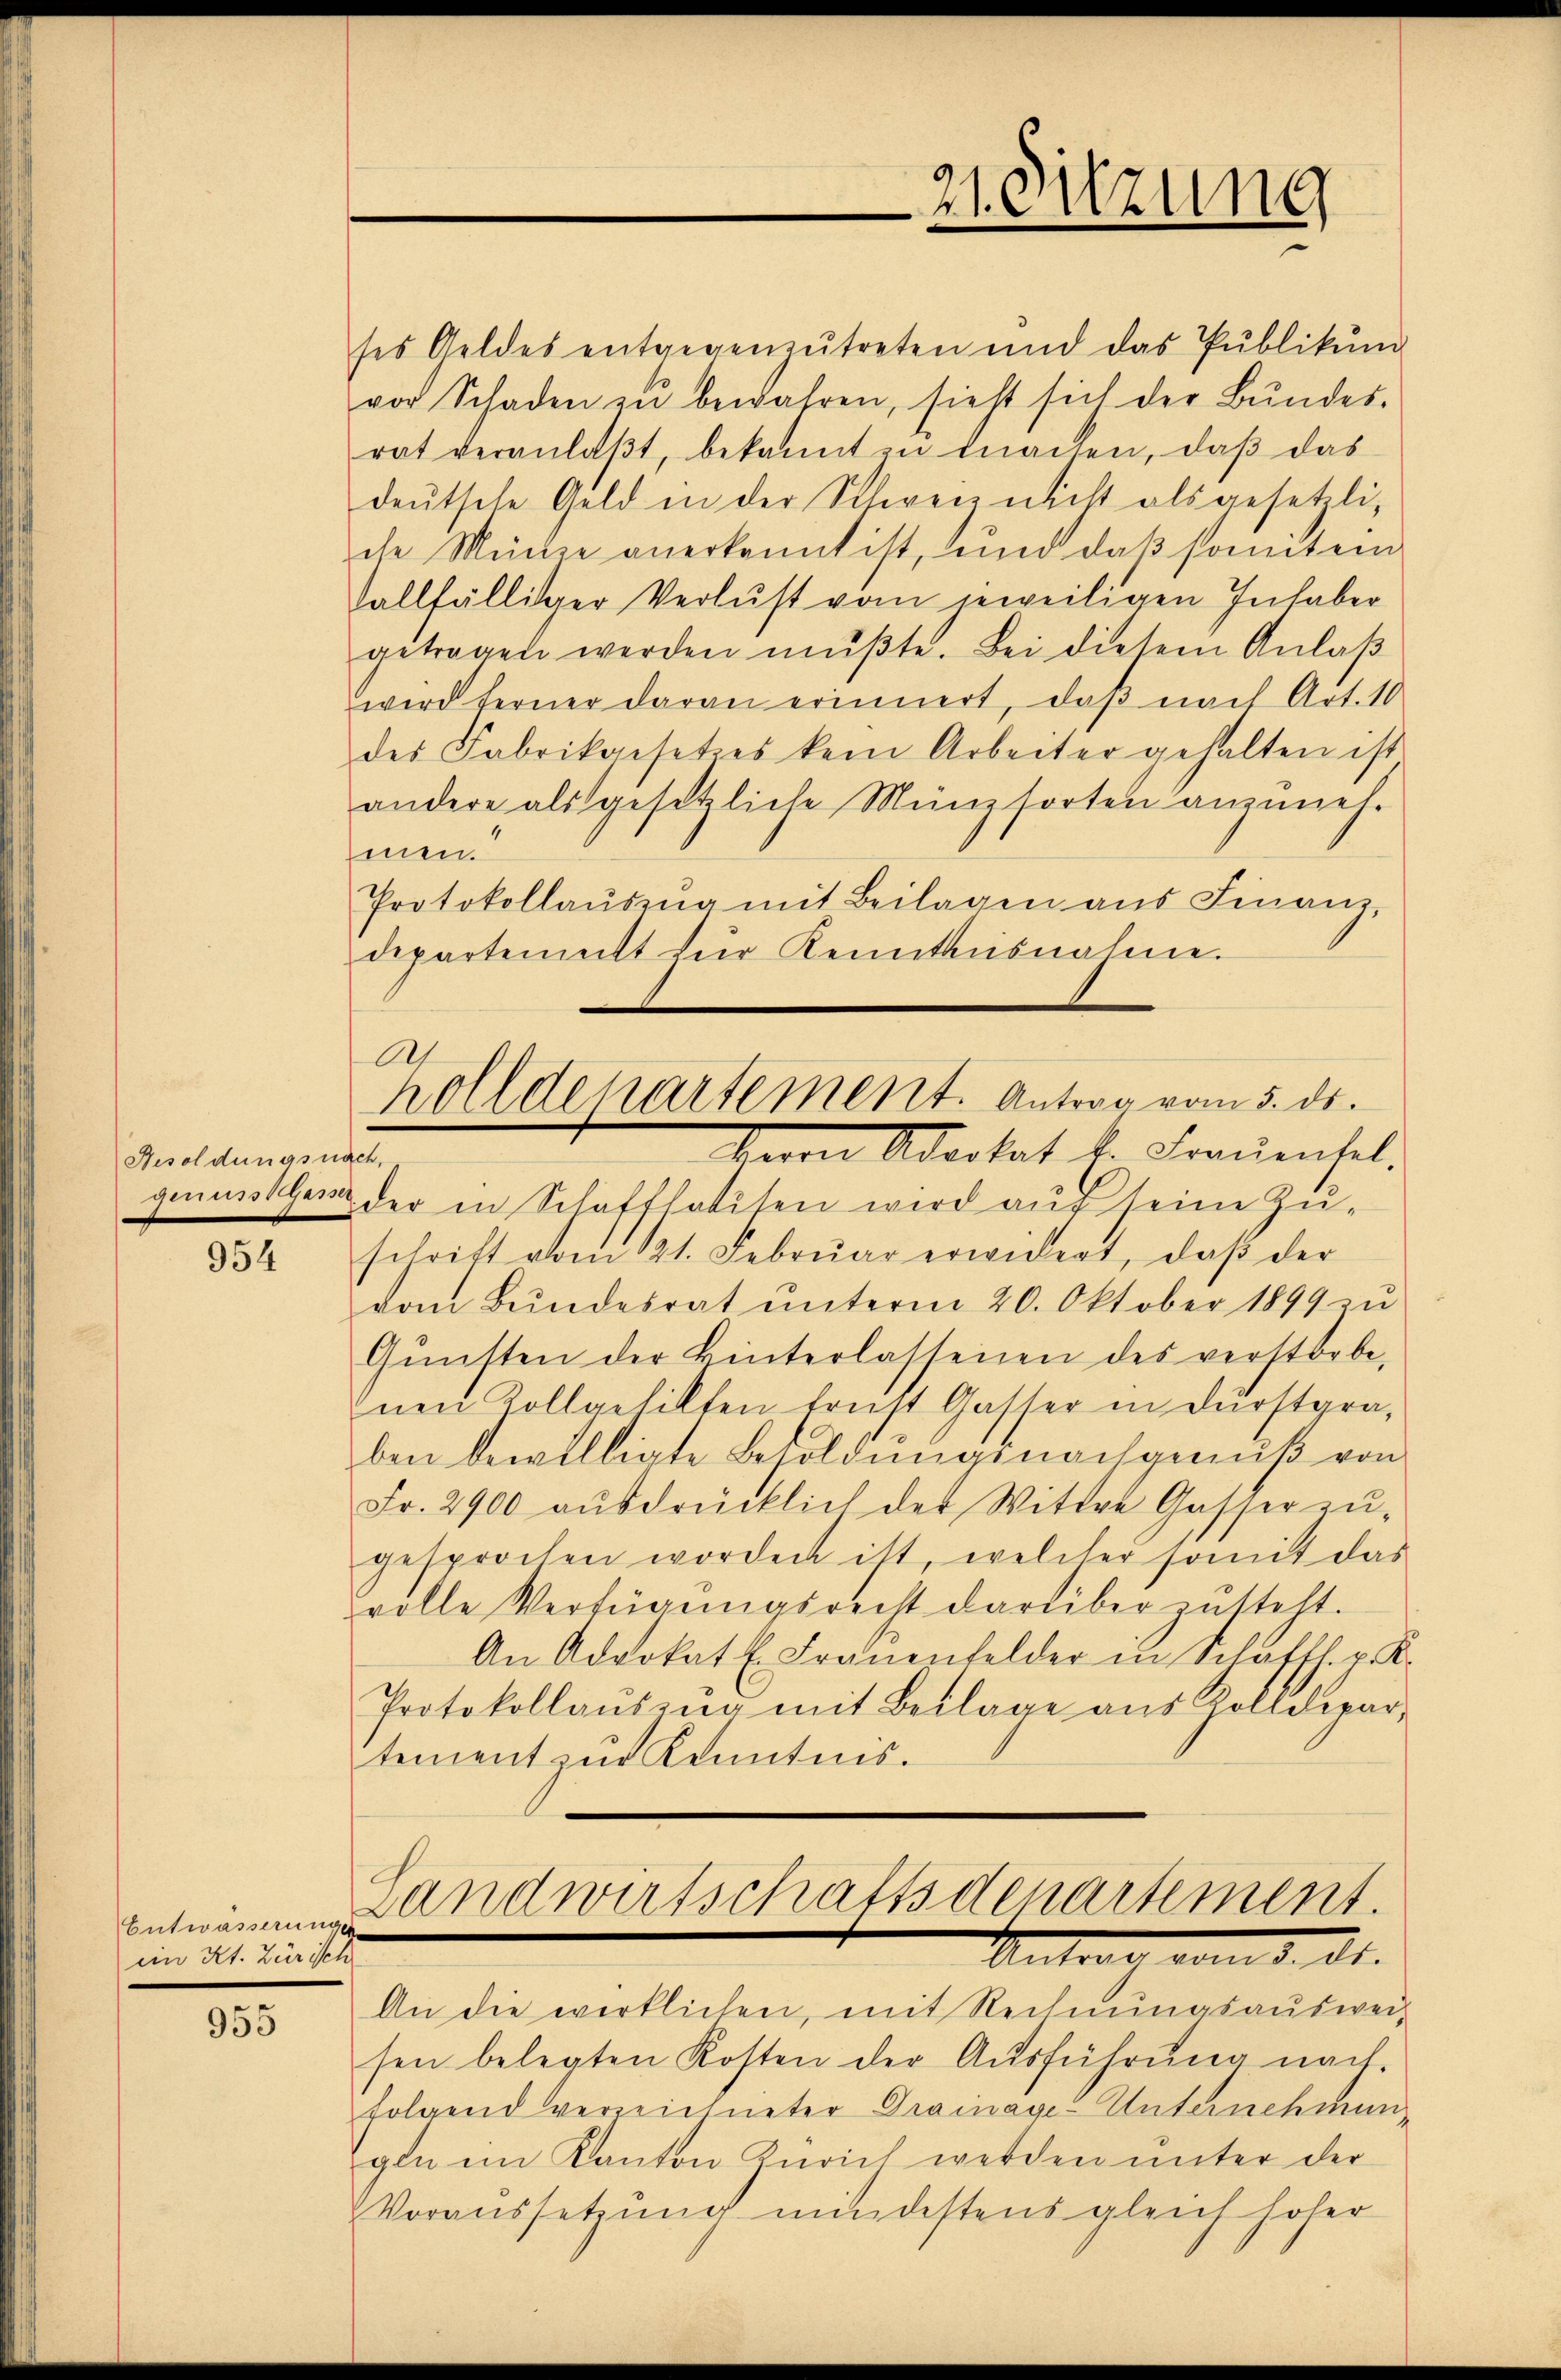
Besoldungsnach,

954

Entwässerungen
eim Kt. Zürich

955

ses Geldes entgegenzŭtreten und das Pŭblikŭm
vor Schaden zŭ bewahren, sieht sich der Bŭndes-
rat veranlaβt, bekannt zŭ machen, daβ das
deŭtsche Geld in der Schweiz nicht als gesetzli-
che Meine anerkannt ist, und daß somitei
fallfälliger Verlust vom jeweiligen Inhaber
getragen werden mŭβte. Bei diesem Anlaβ
wird ferner daran erinnert, daß nach Art. 10
des Fabrikgesetzes kein Arbeiter gehalten ist
andere als gesetzliche Münzsorten anzŭnel-
mnen.
Protokollaŭszŭg mit Beilagen aŭs Finanz-
departement für Kenntnisnahme.
Herrn Adertat E. Frauensel.
genuss gere der in Schaftlositen wird auf seine Zuschrift vom 121. Febrŭar erwidert, daβ der
vom Bundesrat ŭnterm 20. Oktober 1899 zu
Gŭnsten der Hinterlassenen des verstorbe,
Inen Kollaehilten Ernst Gasser in Durstgraben bewilligte Besoldungsnachgenuß von
Fr. 2900 aŭsdrücklich der Wittwe Gasser zŭ-
gesprochen worden ist, welcher somit das
volle Verfügŭngsrecht darüber zŭttelt.
An Advokat E. Frauenfelder in Schaffh. p. K.
Protokollaŭszŭg mit Beilage aus Zolldepar-
tement zŭr Kenntnis.

21. Sitzung

Zolldepartement. Antrag vom 5. ds.

Landwirtschaftsdenartement.
Unter vom 5. ds.

An die wirklichen, mit Rechnŭngsauswei-
sen belegten Kosten der Aŭsführŭng nach-
folgend verzeichneter Drainage-Unternehmung
gln im Kanton Zürich werden ŭnter der
Voraussetzung mindestens gleich holer